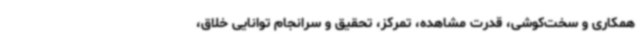
همکاری و سخت‌کوشی، قدرت مشاهده، تمرکز، تحقیق و سرانجام توانایی خلاق،